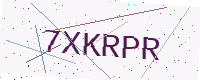
Text: 7XKRPR